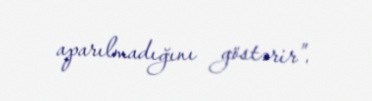
aparılmadığını göstərir”.